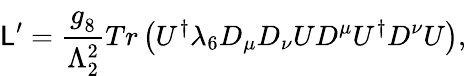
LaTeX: {\cal\mathsf{L}}^{\prime}={\frac{{g_{8}^{\phantom{2}}}}{{\Lambda_{2}^{2}}}}Tr\left(U^{\dagger}\lambda_{6}D_{\mu}D_{\nu}UD^{\mu}U^{\dagger}D^{\nu}U\right),